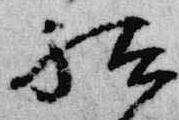
祗